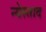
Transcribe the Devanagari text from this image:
न्येस्ताद